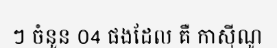
ៗ ចំនួន ០4 ផងដែល គឺ កាស៊ីណូ